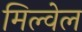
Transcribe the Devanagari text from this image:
मिल्वेल